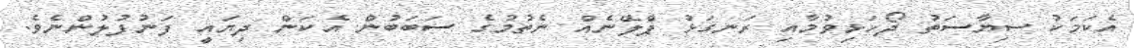
އެކަމަކު ސިޔާސަތު ދޯހަޅިވުމާއި ރަނގަޅު ޕްލޭނެއް ނެތުމުގެ ސަބަބުން އެކަން ދިޔައީ ފަނުފުލުންނެވެ.